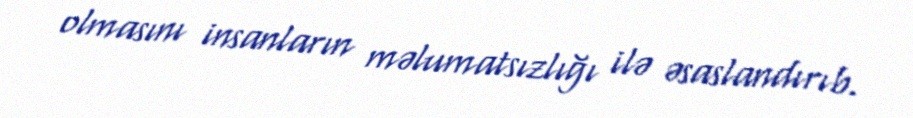
olmasını insanların məlumatsızlığı ilə əsaslandırıb.